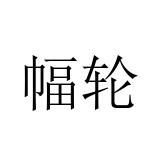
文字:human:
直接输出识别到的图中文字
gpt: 幅轮